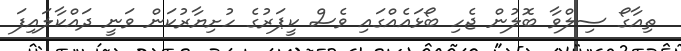
ތިއާގޯ ސިލްވާ ބޮލުން ޖެހި ބޯޅައެއްގައި ވެސް ކީޕަރުގެ ހުށިޔާރުކަން ވަނީ ދައްކާލައިފަ